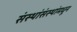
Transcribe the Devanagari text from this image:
संस्थांसंस्थांमधून